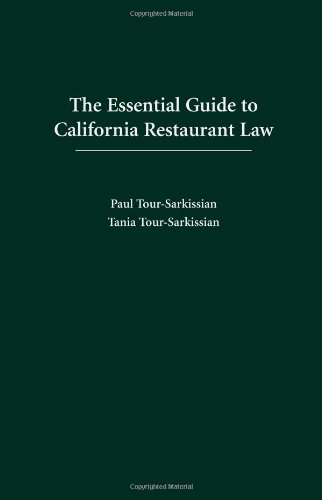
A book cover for The Essential Guide to California Restaurant Law; Paul Tour-Sarkissian; Law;